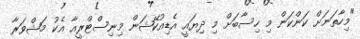
"މިހާތަނަށް ކަންކަން މި ހިސާބަށް މި ދިޔައީ އެޑިއުކޭޝަން މިނިސްޓްރީއާ އެކު މަޝްވަރާ